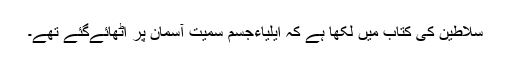
سلاطین کی کتاب میں لکھا ہے کہ ایلیاءجسم سمیت آسمان پر اٹھائےگئے تھے۔